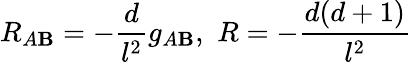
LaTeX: R_{A\mathbf{B}}=-\frac{{d}}{{l^{2}}}g_{A\mathbf{B}},\, \, R=-\frac{{d(d+1)}}{{l^{2}}}